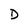
Character: D